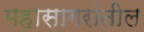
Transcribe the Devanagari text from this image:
महासागरांतील